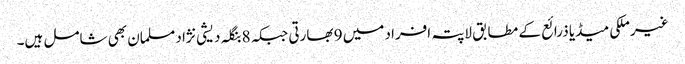
غیرملکی میڈیا ذرائع کے مطابق لاپتہ افراد میں 9 بھارتی جبکہ 8 بنگلہ دیشی نژاد مسلمان بھی شامل ہیں۔